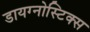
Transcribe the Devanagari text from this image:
डायग्‍नोस्टिक्‍स